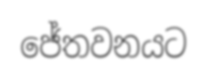
ජේතවනයට